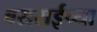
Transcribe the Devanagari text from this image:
बसराईच्या